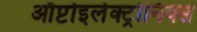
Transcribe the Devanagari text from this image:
ऑप्टोइलेक्ट्रोनिक्स